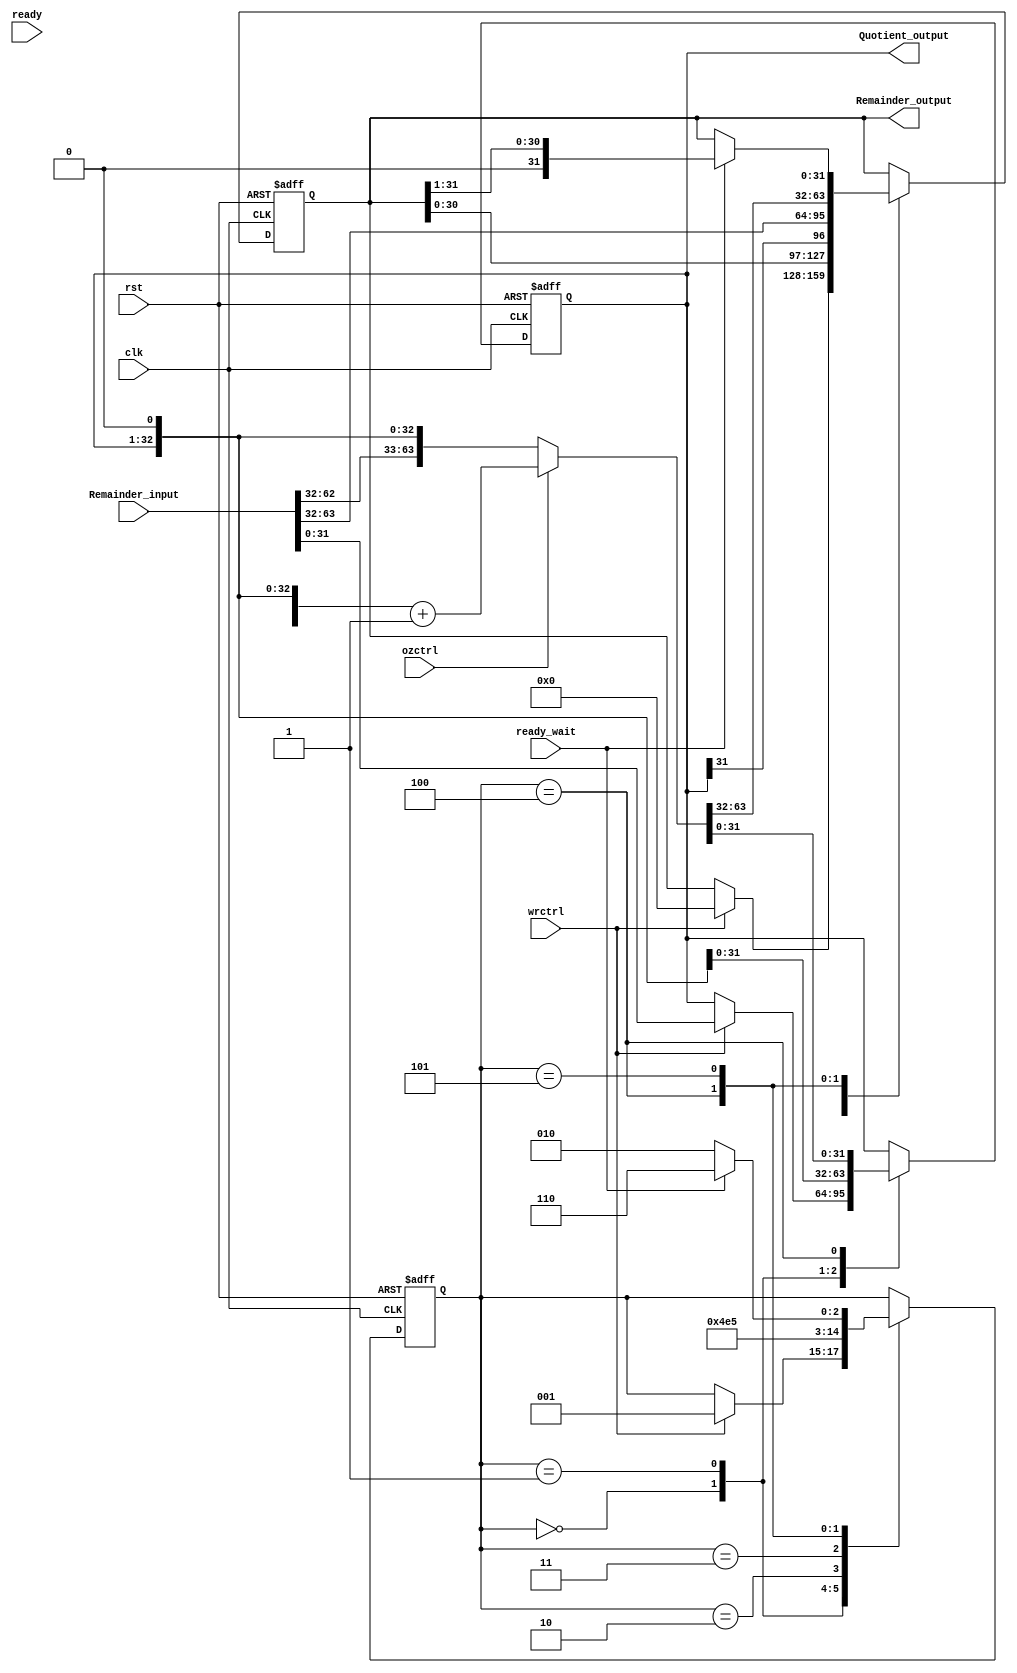
module Remainder(
	input [63:0] Remainder_input, //Remainder input
	input wrctrl,//Write control signal
	input ozctrl,//Add 1 or 0 at the least bit
	input ready,//Ready control signal
	input ready_wait,//Ready control singal before shift right
	input rst,//Reset signal
	input clk,//Clock
	output reg [31:0] Remainder_output, //Remainder output
	output reg [31:0] Quotient_output //Quotient output
	);

	reg [2:0]state;//The state
	reg [2:0]next_state;//The next state
		
	
	always@(posedge clk or posedge rst)begin
		if(rst)begin//If reset signal is 1,put the value 0 to all output and all setting
			Remainder_output=32'd0;
			Quotient_output=32'd0;
			state=3'd0;
	 		next_state=3'd0;
		end
		else begin
			state=next_state;
			case(state)
				3'd0:begin//Put the initial value Remainder input{32'd0,Dividend} to Remainder output and Quotient output
					if(wrctrl) begin
						Quotient_output[31:0]=Remainder_input[31:0];
						Remainder_output[31:0]=32'd0;
						next_state=3'd1;
					end
				end
				3'd1:begin//Fitst time shift left
					{Remainder_output,Quotient_output}={Remainder_output,Quotient_output}<<1;
					next_state=3'd2;
				end
				3'd2:begin//Put ALU result(SUB) into Remainder output
					Remainder_output[31:0]=Remainder_input[63:32];
					next_state=3'd3;
				end
				3'd3:next_state=3'd4;//One cycle to load result
				3'd4:begin//Identify put 1 or 0 at the least bit 
					if(ozctrl) begin
						{Remainder_output,Quotient_output}={Remainder_output,Quotient_output}<<1;
						{Remainder_output,Quotient_output}={Remainder_output,Quotient_output}+1;
					end
					else begin
						Remainder_output[31:0]=Remainder_input[63:32];
						{Remainder_output,Quotient_output}={Remainder_output,Quotient_output}<<1;
					end
					next_state=3'd5;
				end
				3'd5:begin//Identify ready single before shift right
					if(ready_wait) begin
						Remainder_output=Remainder_output>>1;
						next_state=3'd6;
					end
					else 	next_state=3'd2;
				end
				3'd6:begin//maintain result until reset
					Remainder_output=Remainder_output;
					Quotient_output=Quotient_output;
				end
			endcase
		end
	end
endmodule